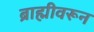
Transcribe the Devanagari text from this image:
ब्राह्मीवरून